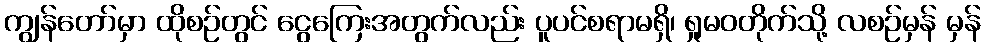
ကျွန်တော်မှာ ထိုစဉ်တွင် ငွေကြေးအတွက်လည်း ပူပင်စရာမရှိ၊ ရှုမဝတိုက်သို့ လစဉ်မှန် မှန်